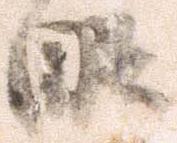
略